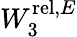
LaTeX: W_{3}^{\mathrm{rel},E}